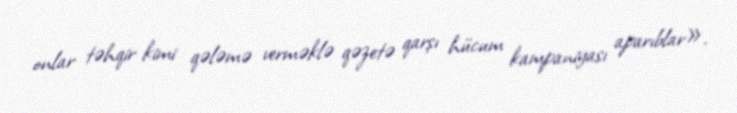
onlar təhqir kimi qələmə verməklə qəzetə qarşı hücum kampaniyası aparıblar».